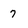
Character: 7